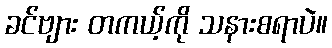
ခင်ဗျား တကယ့်ကို သနားစရာပဲ။